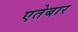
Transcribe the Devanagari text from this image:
एतेबार